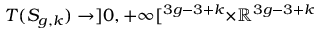
T ( S _ { g , k } ) \to ] 0 , + \infty [ ^ { 3 g - 3 + k } \times \mathbb { R } ^ { 3 g - 3 + k }